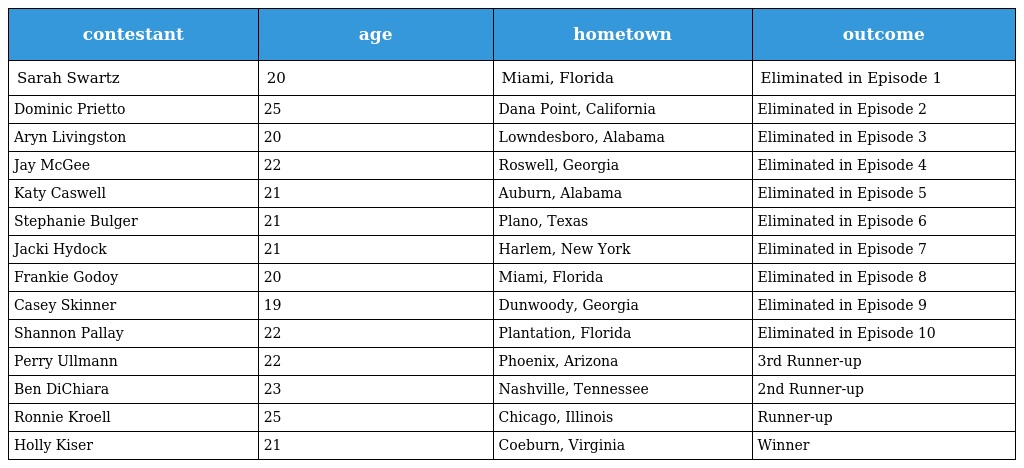
| contestant | age | hometown | outcome |
 | --- | --- | --- | --- |
 | Sarah Swartz | 20 | Miami, Florida | Eliminated in Episode 1 |
 | Dominic Prietto | 25 | Dana Point, California | Eliminated in Episode 2 |
 | Aryn Livingston | 20 | Lowndesboro, Alabama | Eliminated in Episode 3 |
 | Jay McGee | 22 | Roswell, Georgia | Eliminated in Episode 4 |
 | Katy Caswell | 21 | Auburn, Alabama | Eliminated in Episode 5 |
 | Stephanie Bulger | 21 | Plano, Texas | Eliminated in Episode 6 |
 | Jacki Hydock | 21 | Harlem, New York | Eliminated in Episode 7 |
 | Frankie Godoy | 20 | Miami, Florida | Eliminated in Episode 8 |
 | Casey Skinner | 19 | Dunwoody, Georgia | Eliminated in Episode 9 |
 | Shannon Pallay | 22 | Plantation, Florida | Eliminated in Episode 10 |
 | Perry Ullmann | 22 | Phoenix, Arizona | 3rd Runner-up |
 | Ben DiChiara | 23 | Nashville, Tennessee | 2nd Runner-up |
 | Ronnie Kroell | 25 | Chicago, Illinois | Runner-up |
 | Holly Kiser | 21 | Coeburn, Virginia | Winner |